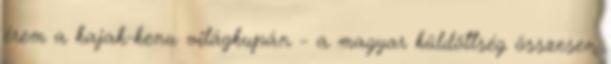
érem a kajak-kenu világkupán - a magyar küldöttség összesen